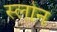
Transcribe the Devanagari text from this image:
स्‍लोन